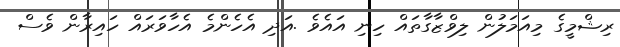
ރިޝްމީގެ މިއަމަލުން ލިވްޒާގާތައް ހިނި އައެވެ .އަދި އެހެންމެ އެހާވަރައް ހައިރާން ވެސް